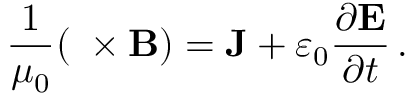
{ \frac { 1 } { \mu _ { 0 } } } ( \mathbf { \nabla } \times \mathbf { B } ) = \mathbf { J } + \varepsilon _ { 0 } { \frac { \partial \mathbf { E } } { \partial t } } \, .